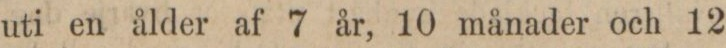
uti en ålder af 7 år, 10 månader och 12